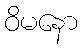
ဝိမနော